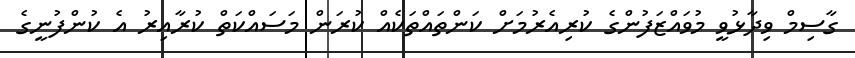
ގާސިމް ވިދާޅުވީ މުވައްޒަފުންގެ ކުރިއެރުމަށް ކަންތައްތަކެއް ކުރަން މަސައްކަތް ކުރާއިރު އެ ކުންފުނީގެ